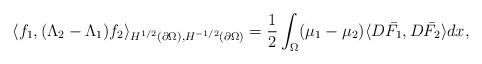
LaTeX: \begin{align*}\langle f_1,(\Lambda_2-\Lambda_1)f_2 \rangle_{H^{1/2}(\partial \Omega),H^{-1/2}(\partial \Omega)}=\frac 1 2 \int_\Omega (\mu_1-\mu_2)\langle D\bar{F_1} , D \bar{F_2}\rangle dx,\end{align*}